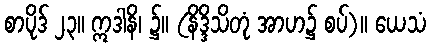
စာပိုဒ် ၂၃။ ဣဒါနိ၊ ၌။ (နိဒ္ဒိသိတုံ အာဟ၌ စပ်)။ ယေသံ